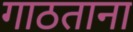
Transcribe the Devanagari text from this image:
गाठताना